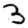
Digit: 3